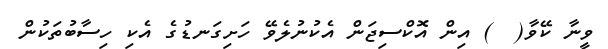
ވީނާ ކޭވާ(  ) އިން އޮކްސިޖަން އެކުނުލެވޭ ހަށިގަނޑުގެ އެކި ހިސާބުތަކުން